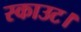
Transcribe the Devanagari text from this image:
स्काउट।